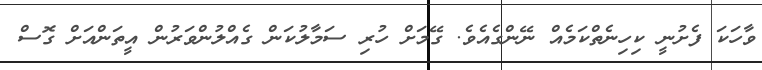
ވާހަކަ ފެށުނީ ކިހިނެތްކަމެއް ނޭންގެއެވެ. ގޭމަށް ހުރި ސަމާލުކަން ގެއްލުންވަރުން އީތަންއަށް ގޮސް